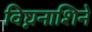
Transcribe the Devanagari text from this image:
विघ्ननाशिने